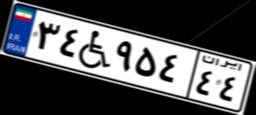
۳۴W۹۵۴۴۴